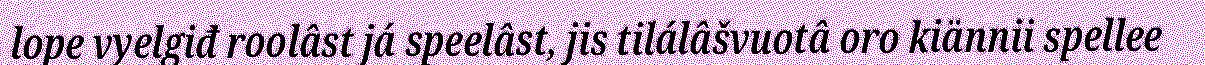
lope vyelgiđ roolâst já speelâst, jis tilálâšvuotâ oro kiännii spellee